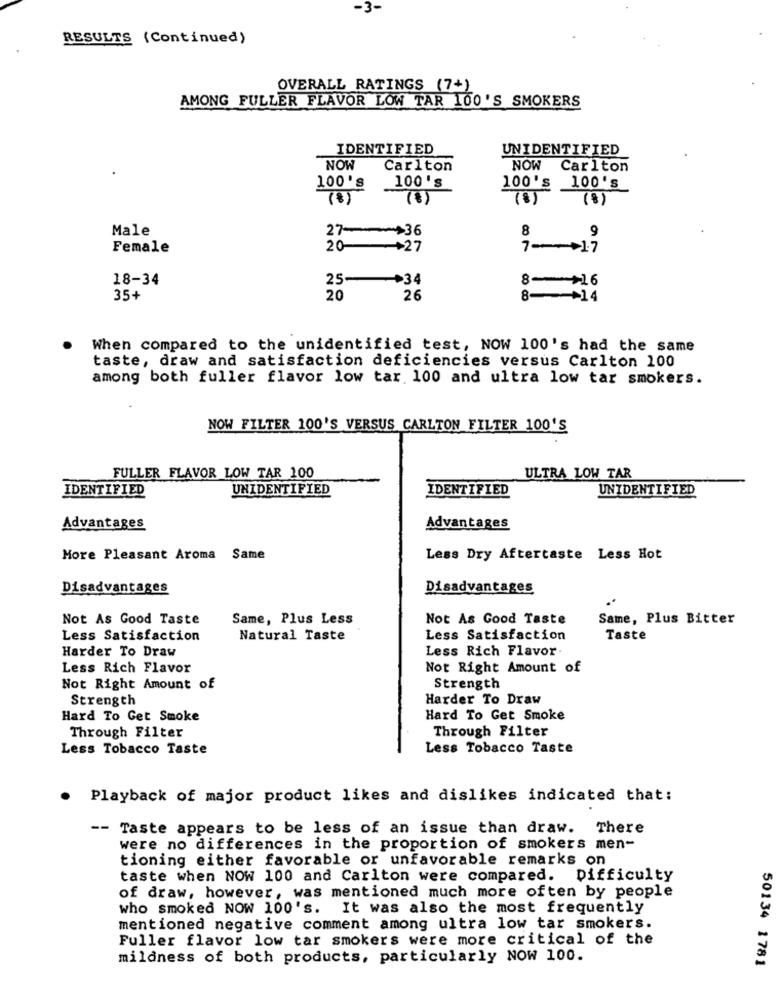
-3.
RESULTS (Continued)
OVERALL RATINGS (7+)
AMONG FULLER FLAVOR LOW TAR 100'S SMOKERS
IDENTIFIED
UNIDENTIFIED
NOW
Carlton
NOW
Carlton
100's
100's
100's 100's
(8)
(8)
(8)
(8)
Male
27-+36
8
9
Female
20
+27
7->17
18-34
25-
+34
8-+16
35+
20
26
8-+14
When compared to the unidentified test, NOW 100's had the same
taste, draw and satisfaction deficiencies versus Carlton 100
among both fuller flavor low tar 100 and ultra low tar smokers.
NOW FILTER 100'S VERSUS CARLTON FILTER 100'S
FULLER FLAVOR LOW TAR 100
ULTRA LOW TAR
UNIDENTIFIED
IDENTIFIED
UNIDENTIFIED
IDENTIFIED
Advantages
Advantages
More Pleasant Aroma Same
Less Dry Aftertaste Less Hot
Disadvantages
Disadvantages
Not As Good Taste
Same, Plus Less
Not As Good Taste
Same, Plus Bitter
Less Satisfaction
Natural Taste
Less Satisfaction
Taste
Harder To Draw
Less Rich Flavor.
Less Rich Flavor
Not Right Amount of
Not Right Amount of
Strength
Strength
Harder To Draw
Hard To Get Smoke
Hard To Get Smoke
Through Filter
Through Filter
Less Tobacco Taste
Less Tobacco Taste
.
Playback of major product likes and dislikes indicated that:
-- Taste appears to be less of an issue than draw. There
were no differences in the proportion of smokers men-
tioning either favorable or unfavorable remarks on
taste when NOW 100 and Carlton were compared. Difficulty
of draw, however, was mentioned much more often by people
who smoked NOW 100's. It was also the most frequently
mentioned negative comment among ultra low tar smokers.
Fuller flavor low tar smokers were more critical of the
mildness of both products, particularly NOW 100.
50134 1781